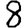
Digit: 8